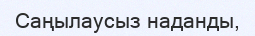
Саңылаусыз наданды,